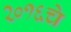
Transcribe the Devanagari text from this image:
२०१६चे